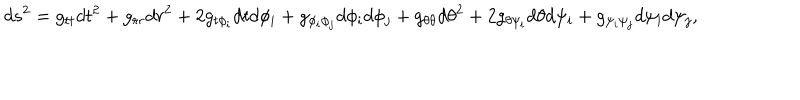
LaTeX: d s ^ { 2 } = g _ { t t } d t ^ { 2 } + g _ { r r } d r ^ { 2 } + 2 g _ { t \phi _ { i } } d t d \phi _ { i } + g _ { \phi _ { i } \phi _ { j } } d \phi _ { i } d \phi _ { j } + g _ { \theta \theta } d \theta ^ { 2 } + 2 g _ { \theta \psi _ { i } } d \theta d \psi _ { i } + g _ { \psi _ { i } \psi _ { j } } d \psi _ { i } d \psi _ { j } ,